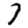
Digit: 7